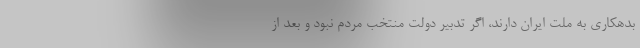
بدهکاری به ملت ایران دارند، اگر تدبیر دولت منتخب مردم نبود و بعد از